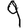
Digit: 9